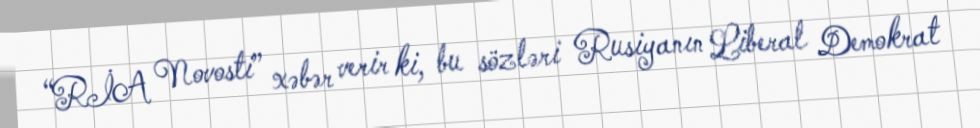
“RİA Novosti” xəbər verir ki, bu sözləri Rusiyanın Liberal Demokrat